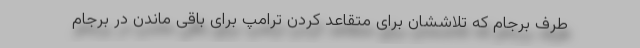
طرف برجام که تلاششان برای متقاعد کردن ترامپ برای باقی ماندن در برجام